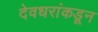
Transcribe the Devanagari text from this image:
देवधरांकडून